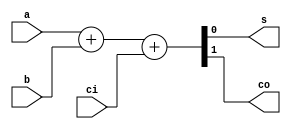
/************************************************
  The Verilog HDL code example is from the book
  Computer Principles and Design in Verilog HDL
  by Yamin Li, published by A JOHN WILEY & SONS
************************************************/
module fa_behavioral (a,b,ci,s,co);          // full adder, behavioral style
    input  a, b, ci;                         // inputs:  a, b, carry_in
    output s, co;                            // outputs: sum, carry_out
    assign {co,s} = a + b + ci;              // two-bit {co,s} output
endmodule